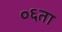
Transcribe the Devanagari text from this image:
०६ता